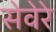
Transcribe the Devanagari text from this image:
सेवेरे